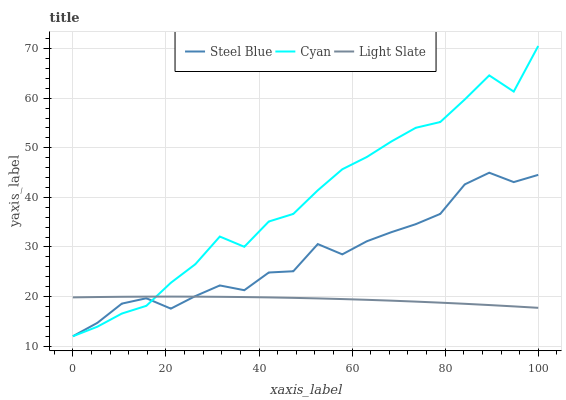
| xaxis_label | Steel Blue | Cyan | Light Slate |
 | --- | --- | --- | --- |
 | 0 | 12 | 12 | 19.8 |
 | 5.26 | 14.7 | 13.9 | 19.9 |
 | 10.5 | 18.6 | 16.6 | 20 |
 | 15.8 | 19.7 | 18.1 | 20 |
 | 21.1 | 17.6 | 22.8 | 20 |
 | 26.3 | 20.1 | 26.5 | 20 |
 | 31.6 | 22.2 | 32.1 | 20 |
 | 36.8 | 21.3 | 30 | 19.9 |
 | 42.1 | 24.9 | 35.1 | 19.8 |
 | 47.4 | 25.1 | 36.7 | 19.7 |
 | 52.6 | 30.6 | 41.4 | 19.6 |
 | 57.9 | 28.5 | 45.7 | 19.5 |
 | 63.2 | 31.1 | 48.1 | 19.3 |
 | 68.4 | 33 | 51.3 | 19.2 |
 | 73.7 | 34.6 | 54 | 19 |
 | 78.9 | 36.7 | 55.2 | 18.8 |
 | 84.2 | 42.6 | 59.7 | 18.5 |
 | 89.5 | 45 | 64.6 | 18.3 |
 | 94.7 | 43.1 | 61.3 | 18 |
 | 100 | 44.5 | 70.5 | 17.7 |